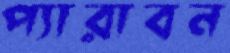
প্যারাবন